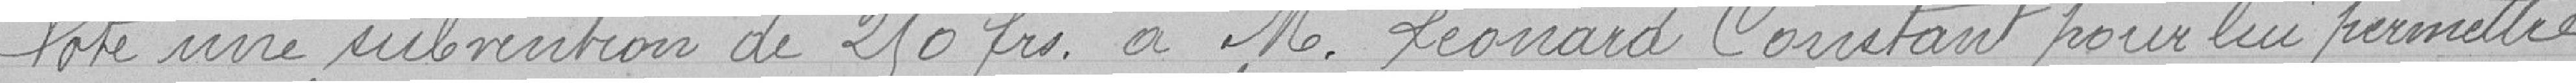
Vote une subvention de 250 francs à M. Léonard Constant pour lui permettre